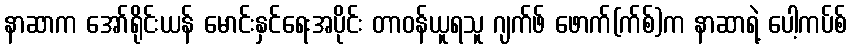
နာဆာက အော်ရိုင်းယန် မောင်းနှင်ရေးအပိုင်း တာဝန်ယူရသူ ဂျက်ဖ် ဖောက်(က်စ်)က နာဆာရဲ့ ပေါ့ကပ်စ်